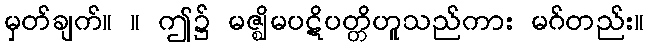
မှတ်ချက်။ ။ ဤ၌ မဇ္ဈိမပဋိပတ္တိဟူသည်ကား မဂ်တည်း။